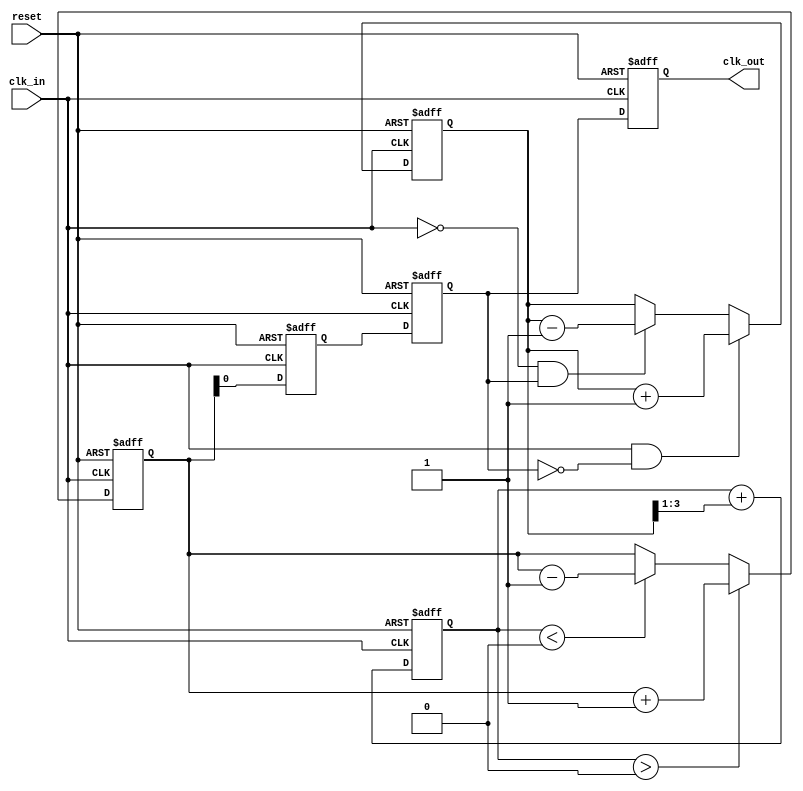
module DLL (
    input wire clk_in,        // Input clock
    input wire reset,         // Reset signal
    output reg clk_out        // Output clock
);

// Parameters
parameter NUM_DELAY_ELEMENTS = 8; // Number of delay elements
parameter DELAY_STEP = 1;          // Delay step size

// Internal signals
reg [NUM_DELAY_ELEMENTS-1:0] delay_elements; // Delay elements control
reg [3:0] error_signal;                     // Error signal from PD
reg [3:0] control_voltage;                   // Control voltage from LF
reg [NUM_DELAY_ELEMENTS-1:0] vcdl_output;    // Output of VCDL
reg [NUM_DELAY_ELEMENTS-1:0] vcdl_feedback;  // Feedback from VCDL

// Phase Detector (PD)
always @(posedge clk_in or posedge reset) begin
    if (reset) begin
        error_signal <= 0;
    end else begin
        // Simple phase comparison logic (for demonstration)
        if (clk_in && !vcdl_feedback[0]) begin
            error_signal <= error_signal + 1; // Feedback is lagging
        end else if (!clk_in && vcdl_feedback[0]) begin
            error_signal <= error_signal - 1; // Feedback is leading
        end
    end
end

// Loop Filter (LF)
always @(posedge clk_in or posedge reset) begin
    if (reset) begin
        control_voltage <= 0;
    end else begin
        // Simple low-pass filtering (for demonstration)
        control_voltage <= control_voltage + (error_signal >> 1);
    end
end

// Voltage-Controlled Delay Line (VCDL)
always @(posedge clk_in or posedge reset) begin
    if (reset) begin
        delay_elements <= 0;
        vcdl_output <= 0;
    end else begin
        // Adjust delay elements based on control voltage
        if (control_voltage > 0) begin
            delay_elements <= delay_elements + 1; // Increase delay
        end else if (control_voltage < 0) begin
            delay_elements <= delay_elements - 1; // Decrease delay
        end
        
        // Generate the output clock based on delay elements
        vcdl_output <= delay_elements; // Simplified output
    end
end

// Feedback Path
always @(posedge clk_in or posedge reset) begin
    if (reset) begin
        vcdl_feedback <= 0;
    end else begin
        vcdl_feedback <= vcdl_output; // Feedback the output
    end
end

// Output Clock Buffer
always @(posedge clk_in or posedge reset) begin
    if (reset) begin
        clk_out <= 0;
    end else begin
        clk_out <= vcdl_feedback[0]; // Output the first element of feedback
    end
end

endmodule